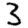
Digit: 3